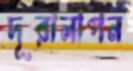
দূরালাপন